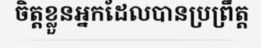
ចិត្តខ្លួនអ្នកដែលបានប្រព្រឹត្ត